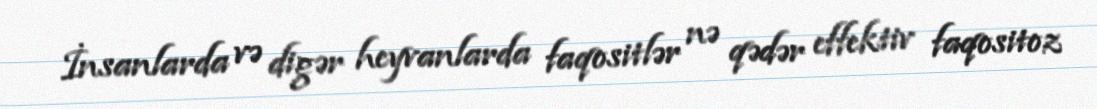
İnsanlarda və digər heyvanlarda faqositlər nə qədər effektiv faqositoz